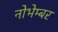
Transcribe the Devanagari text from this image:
नोभेम्बर